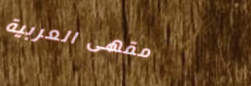
مقهى العربية